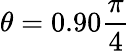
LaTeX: \theta=0.90{\frac{\pi}{4}}